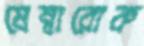
মেম্বারোক